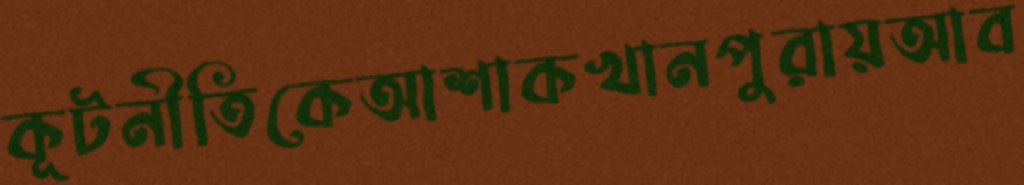
কূটনীতিকেআশাকখানপুরায়আব